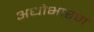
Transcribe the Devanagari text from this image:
अधोभारण